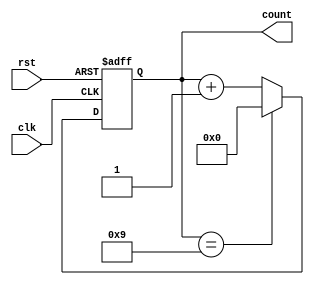
module decade_counter (
    input wire clk,       // Clock input
    input wire rst,       // Asynchronous reset input
    output reg [3:0] count // 4-bit output representing the count
);

    // Always block for counting logic
    always @(posedge clk or posedge rst) begin
        if (rst) begin
            // Asynchronous reset
            count <= 4'b0000; // Reset counter to 0
        end else begin
            if (count == 4'b1001) begin
                count <= 4'b0000; // Reset to 0 after reaching 9
            end else begin
                count <= count + 1; // Increment the counter
            end
        end
    end

endmodule